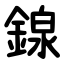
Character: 䤼